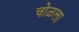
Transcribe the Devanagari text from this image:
चोळला